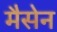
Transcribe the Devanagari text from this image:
मैसेन